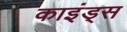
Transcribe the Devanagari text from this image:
काइंड्स